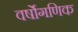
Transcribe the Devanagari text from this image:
वर्षोगणिक